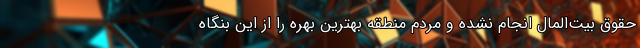
حقوق بیت‌المال انجام نشده و مردم منطقه بهترین بهره را از این بنگاه